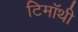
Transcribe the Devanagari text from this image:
टिमॉथी